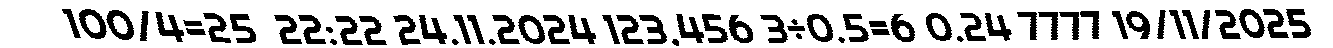
100/4=25  22:22 24.11.2024 123,456 3÷0.5=6 0.24 7777 19/11/2025